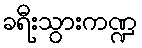
ခရီးသွားကဏ္ဍ